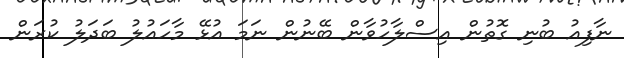
ނާފިއު ބުނި ގޮތުން އިސްލާހުވާން ބޭނުން ނަމަ އުޅޭ މާހައުލު ބަދަލު ކުރަން